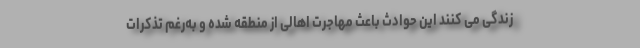
زندگی می کنند این حوادث باعث مهاجرت اهالی از منطقه شده و به‌رغم تذکرات